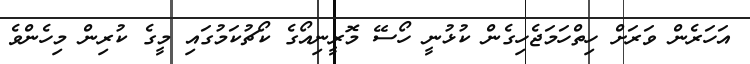
އަހަރެން ވަރަށް ހިތްހަމަޖެހިގެން ކުޅުނީ ހޯސޭ މޮރީނިއޯގެ ކޯޗުކަމުގައި މީގެ ކުރިން މިހެންވެ